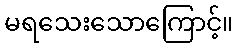
မရသေးသောကြောင့်။